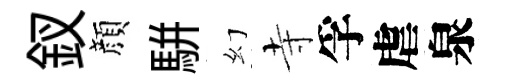
釵顔駢幻寺孚虐泉